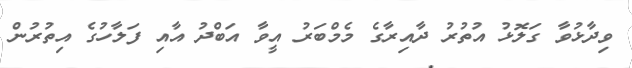
ވިދާޅުވާ ގަލޮޅު އުތުރު ދާއިރާގެ މެމްބަރު އީވާ އަބްދު އާއި ފަލާހުގެ އިތުރުން